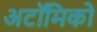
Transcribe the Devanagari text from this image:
अटॉमिको